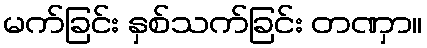
မက်ခြင်း နှစ်သက်ခြင်း တဏှာ။